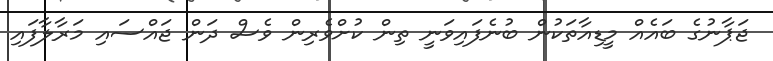
ޖަޕާނުގެ ބައެއް މީޑިއާތަކުން ބުނެފައިވަނީ ތިން ކުށްވެރިން ވެސް ދަން ޖައްސައި މަރާލާފައި